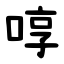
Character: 啍